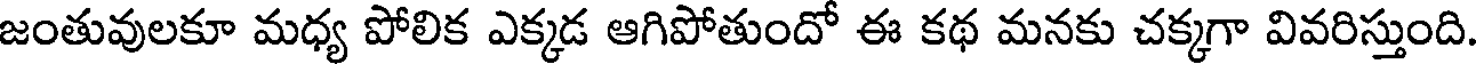
జంతువులకూ మధ్య పోలిక ఎక్కడ ఆగిపోతుందో ఈ కథ మనకు చక్కగా వివరిస్తుంది